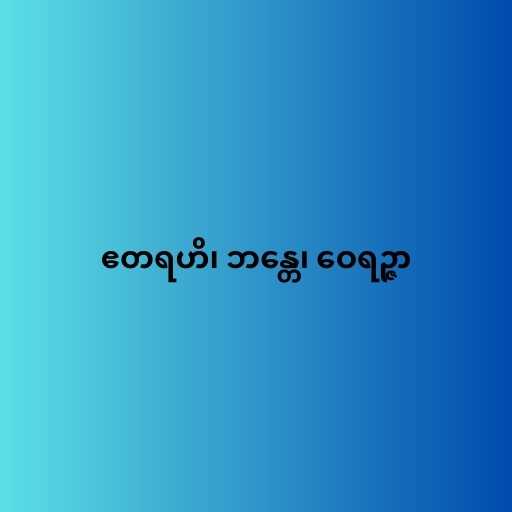
ဧတရဟိ၊ ဘန္တေ၊ ဝေရဉ္ဇာ